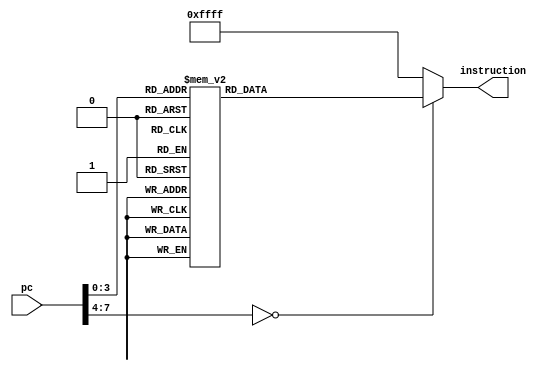
module progmem(
		input wire		[ 7 : 0]	pc,
		output reg		[15 : 0]	instruction
    );
	always @(pc) begin
		case(pc)
			8'h00:	instruction = 16'h7f00;	
			8'h01:	instruction = 16'h0100;	
			8'h02:	instruction = 16'h0101;	
			8'h03:	instruction = 16'h7200;	
			8'h04:	instruction = 16'h74ff;	
			8'h05:	instruction = 16'h0a0c;	
			8'h06:	instruction = 16'h0101;	
			8'h07:	instruction = 16'h0000;	
			8'h08:	instruction = 16'h0100;	
			8'h09:	instruction = 16'h01ff;	
			8'h0a:	instruction = 16'h0201;	
			8'h0b:	instruction = 16'h0303;	
			8'h0c:	instruction = 16'h030c;	
			default:
				begin
					instruction = 16'hffff;	
				end
		endcase
	end
endmodule